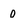
Character: 0